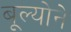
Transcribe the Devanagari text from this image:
बूल्योने